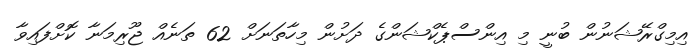
އިމިގްރޭޝަނުން ބުނީ މި އިންސްޕެކްޝަންގެ ދަށުން މިހާތަނަށް 62 ތަނެއް ޖޫރިމަނާ ކޮށްފައިވާ